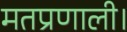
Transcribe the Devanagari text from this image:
मतप्रणाली।